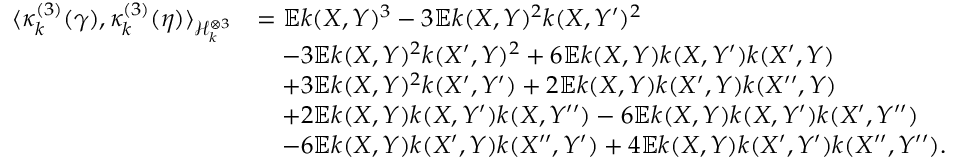
\begin{array} { r l } { \langle \kappa _ { k } ^ { ( 3 ) } ( \gamma ) , \kappa _ { k } ^ { ( 3 ) } ( \eta ) \rangle _ { \mathcal { H } _ { k } ^ { \otimes 3 } } } & { = \mathbb { E } k ( X , Y ) ^ { 3 } - 3 \mathbb { E } k ( X , Y ) ^ { 2 } k ( X , Y ^ { \prime } ) ^ { 2 } } \\ & { \quad - 3 \mathbb { E } k ( X , Y ) ^ { 2 } k ( X ^ { \prime } , Y ) ^ { 2 } + 6 \mathbb { E } k ( X , Y ) k ( X , Y ^ { \prime } ) k ( X ^ { \prime } , Y ) } \\ & { \quad + 3 \mathbb { E } k ( X , Y ) ^ { 2 } k ( X ^ { \prime } , Y ^ { \prime } ) + 2 \mathbb { E } k ( X , Y ) k ( X ^ { \prime } , Y ) k ( X ^ { \prime \prime } , Y ) } \\ & { \quad + 2 \mathbb { E } k ( X , Y ) k ( X , Y ^ { \prime } ) k ( X , Y ^ { \prime \prime } ) - 6 \mathbb { E } k ( X , Y ) k ( X , Y ^ { \prime } ) k ( X ^ { \prime } , Y ^ { \prime \prime } ) } \\ & { \quad - 6 \mathbb { E } k ( X , Y ) k ( X ^ { \prime } , Y ) k ( X ^ { \prime \prime } , Y ^ { \prime } ) + 4 \mathbb { E } k ( X , Y ) k ( X ^ { \prime } , Y ^ { \prime } ) k ( X ^ { \prime \prime } , Y ^ { \prime \prime } ) . } \end{array}